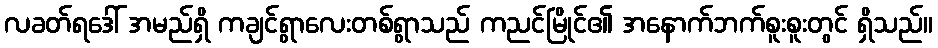
လခတ်ရဒေါ် အမည်ရှိ ကချင်ရွာလေးတစ်ရွာသည် ကညင်မြိုင်၏ အနောက်ဘက်စူးစူးတွင် ရှိသည်။